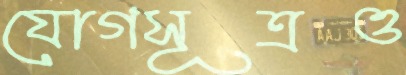
যোগসূত্রও